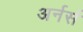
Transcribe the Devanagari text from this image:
अर्नर्स